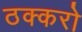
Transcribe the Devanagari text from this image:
ठक्करो